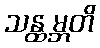
သန္ထမ္ဘတိ